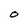
Character: O